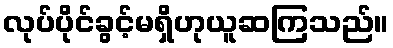
လုပ်ပိုင်ခွင့်မရှိဟုယူဆကြသည်။